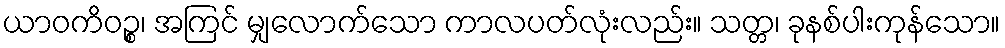
ယာဝကိဝဉ္စ၊ အကြင် မျှလောက်သော ကာလပတ်လုံးလည်း။ သတ္တ၊ ခုနစ်ပါးကုန်သော။